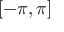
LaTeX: [ - \pi , \pi ]